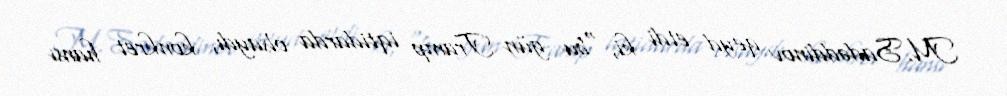
M.Sadəddinov qeyd etdi ki, “bu gün Tramp iqtidarda olsaydı, konkret hansı